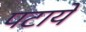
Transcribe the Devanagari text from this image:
पटाये